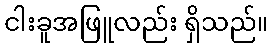
ငါးခူအဖြူလည်း ရှိသည်။